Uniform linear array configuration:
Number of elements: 12
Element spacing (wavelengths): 0.75
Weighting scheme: kaiser
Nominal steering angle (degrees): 0
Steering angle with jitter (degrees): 0.483
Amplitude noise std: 0.05
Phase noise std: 0.05

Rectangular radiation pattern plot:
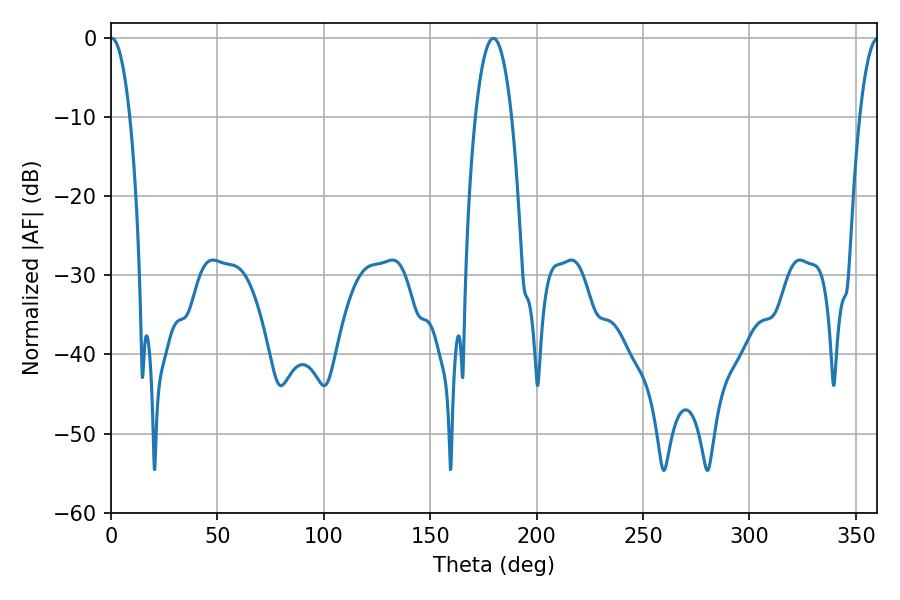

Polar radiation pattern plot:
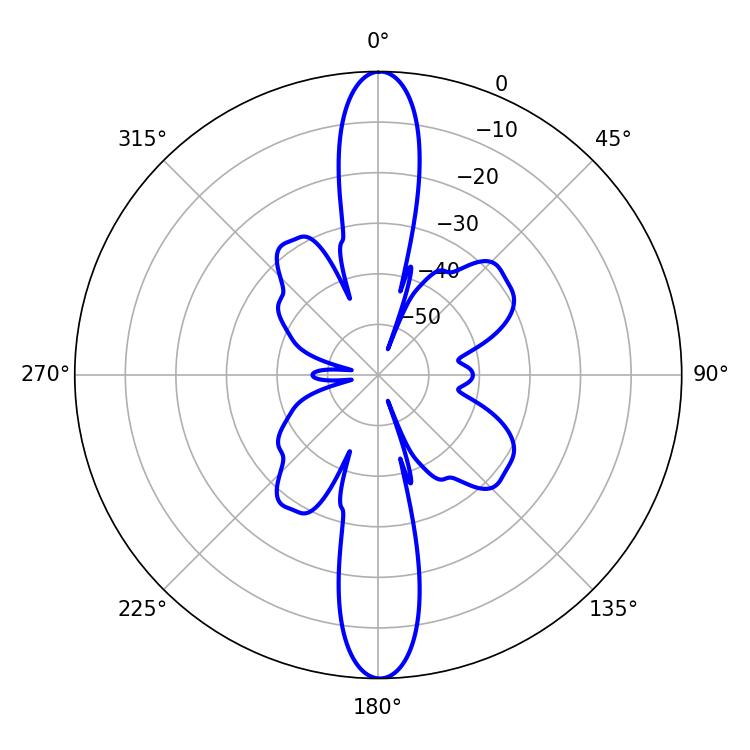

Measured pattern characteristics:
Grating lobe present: TRUE
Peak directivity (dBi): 29.356
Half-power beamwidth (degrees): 5.04
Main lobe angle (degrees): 0.36